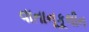
વાતાનૂકૂલીન